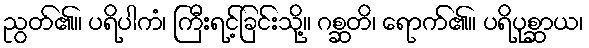
ညွတ်၏။ ပရိပါကံ၊ ကြီးရင့်ခြင်းသို့။ ဂစ္ဆတိ၊ ရောက်၏။ ပရိပုစ္ဆာယ၊